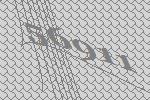
56911